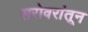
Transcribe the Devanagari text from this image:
सरोवरांतून